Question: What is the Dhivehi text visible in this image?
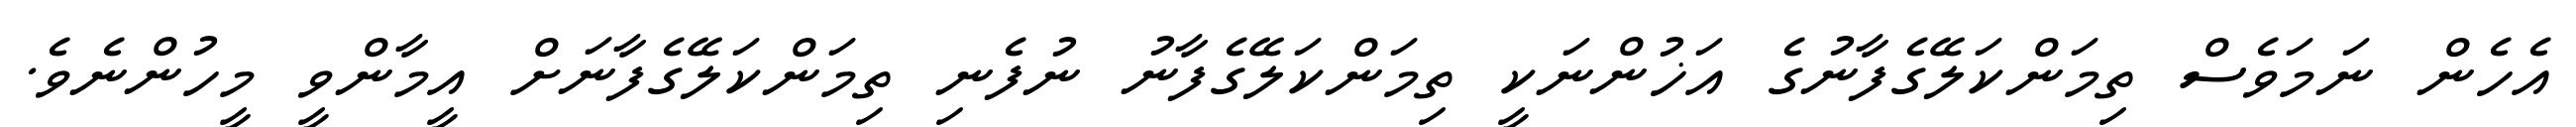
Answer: އެހެން ނަމަވެސް ތިމަންކަލޭގެފާނުގެ އަޚުންނަކީ ތިމަންކަލޭގެފާނު ނުފެނި ތިމަންކަލޭގެފާނަށް އީމާންވީ މީހުންނެވެ.